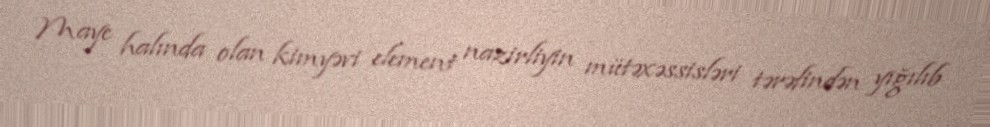
Maye halında olan kimyəvi element nazirliyin mütəxəssisləri tərəfindən yığılıb